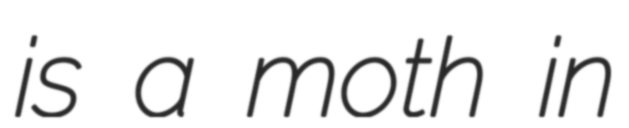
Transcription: is a moth in